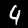
Label: 4